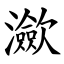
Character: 㶑